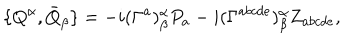
LaTeX: \{ Q ^ { \alpha } , \bar { Q } _ { \beta } \} = - i ( \Gamma ^ { a } ) _ { \beta } ^ { \alpha } P _ { a } - i ( \Gamma ^ { a b c d e } ) _ { \beta } ^ { \alpha } Z _ { a b c d e } ,